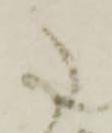
た